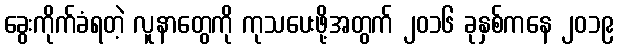
ခွေးကိုက်ခံရတဲ့ လူနာတွေကို ကုသပေးဖို့အတွက် ၂၀၁၆ ခုနှစ်ကနေ ၂၀၁၉